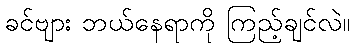
ခင်ဗျား ဘယ်နေရာကို ကြည့်ချင်လဲ။